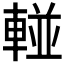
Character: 𲄹